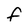
Character: f